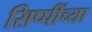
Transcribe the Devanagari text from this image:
सिप्पींच्या